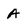
Character: A